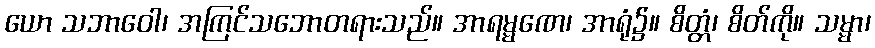
ယော သဘာဝေါ၊ အကြင်သဘောတရားသည်။ အာရမ္မဏေ၊ အာရုံ၌။ စိတ္တံ၊ စိတ်ကို။ သမ္မာ၊